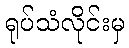
ရုပ်သံလိုင်းမှ